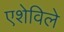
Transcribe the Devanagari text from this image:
एशेविले